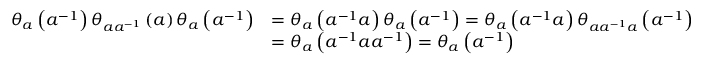
\begin{array} { r l } { \theta _ { a } \left( a ^ { - 1 } \right) \theta _ { a a ^ { - 1 } } \left( a \right) \theta _ { a } \left( a ^ { - 1 } \right) } & { = \theta _ { a } \left( a ^ { - 1 } a \right) \theta _ { a } \left( a ^ { - 1 } \right) = \theta _ { a } \left( a ^ { - 1 } a \right) \theta _ { a a ^ { - 1 } a } \left( a ^ { - 1 } \right) } \\ & { = \theta _ { a } \left( a ^ { - 1 } a a ^ { - 1 } \right) = \theta _ { a } \left( a ^ { - 1 } \right) } \end{array}